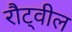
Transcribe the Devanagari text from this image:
रौट्वील